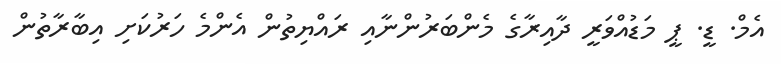
އެމް. ޑީ. ޕީ މަޑުއްވަރީ ދާއިރާގެ މެންބަރުންނާއި ރައްޔިތުން އެންމެ ހަރުކަށި އިބާރާތުން